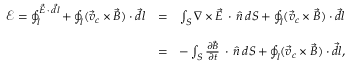
\begin{array} { r l r } { \mathcal E = \oint _ { l } ^ { \vec { E } \, \cdot \, \vec { d l } } + \oint _ { l } ( \vec { v } _ { c } \times \vec { B } ) \cdot \vec { d l } } & { = } & { \int _ { S } \nabla \times \vec { E } \, \cdot \, \hat { n } \, d S + \oint _ { l } ( \vec { v } _ { c } \times \vec { B } ) \cdot \vec { d l } } \\ & { } & \\ & { = } & { - \int _ { S } \frac { \partial \vec { B } } { \partial t } \, \cdot \, \hat { n } \, d S + \oint _ { l } ( \vec { v } _ { c } \times \vec { B } ) \cdot \vec { d l } , } \end{array}